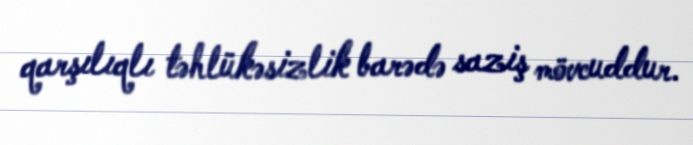
qarşılıqlı təhlükəsizlik barədə saziş mövcuddur.